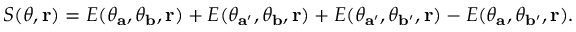
\begin{array} { r } { S ( \theta , { \bf r } ) = E ( \theta _ { \mathbf { a } } , \theta _ { \mathbf { b } } , { \bf r } ) + E ( \theta _ { \mathbf { a } ^ { \prime } } , \theta _ { \mathbf { b } } , { \bf r } ) + E ( \theta _ { \mathbf { a } ^ { \prime } } , \theta _ { \mathbf { b } ^ { \prime } } , { \bf r } ) - E ( \theta _ { \mathbf { a } } , \theta _ { \mathbf { b } ^ { \prime } } , { \bf r } ) . } \end{array}